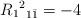
LaTeX: \begin{align*} R_1{}^2{}_{1\bar 1} = -4\end{align*}